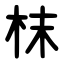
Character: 枺